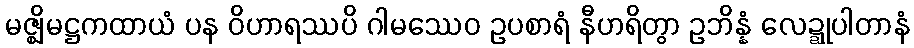
မဇ္ဈိမဋ္ဌကထာယံ ပန ဝိဟာရဿပိ ဂါမဿေဝ ဥပစာရံ နီဟရိတွာ ဥဘိန္နံ လေဍ္ဍုပါတာနံ